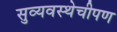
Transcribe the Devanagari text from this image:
सुव्यवस्थेचीपण